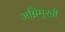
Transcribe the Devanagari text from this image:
अग्निमुखी